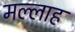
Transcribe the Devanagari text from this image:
मल्‍लाह